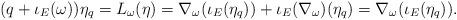
LaTeX: \begin{align*}(q + \iota_{E}(\omega)) \eta_{q} = L_{\omega}(\eta) = \nabla_{\omega}(\iota_{E}(\eta_{q})) + \iota_{E}(\nabla_{\omega})(\eta_{q}) = \nabla_{\omega}(\iota_{E}(\eta_{q})).\end{align*}